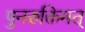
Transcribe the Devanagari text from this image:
पुनरुक्तिमत्